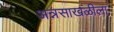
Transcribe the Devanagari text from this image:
अन्नसाखळीला